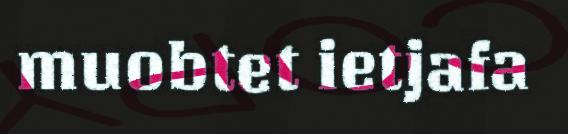
muobtet ietjafa